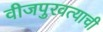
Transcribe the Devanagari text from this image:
वीजपुरवत्याची